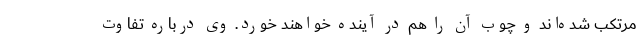
مرتکب شده‌اند و چوب آن را هم در آینده خواهند خورد. وی درباره تفاوت